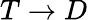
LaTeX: T\rightarrow D